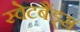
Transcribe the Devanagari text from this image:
स्वेटबैंड्स